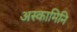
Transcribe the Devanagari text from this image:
अस्कामिनि